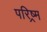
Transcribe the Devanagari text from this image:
परिष्र्म